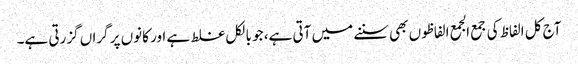
آج کل الفاظ کی جمع الجمع الفاظوں بھی سننے میں آتی ہے، جو بالکل غلط ہے اور کانوں پر گراں گزرتی ہے۔